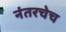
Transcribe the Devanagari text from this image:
नंतरचेच